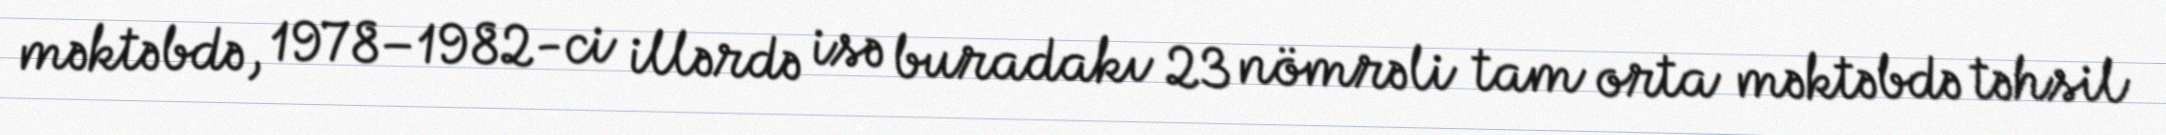
məktəbdə, 1978–1982-ci illərdə isə buradakı 23 nömrəli tam orta məktəbdə təhsil